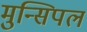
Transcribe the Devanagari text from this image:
मुन्सिपल